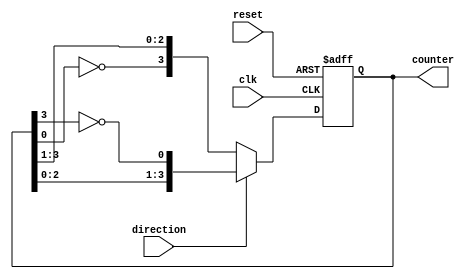
module bidirectional_johnson_counter (
    input wire clk,                    // Clock input
    input wire reset,                  // Asynchronous reset input
    input wire direction,              // Direction control input (1 for up, 0 for down)
    output reg [3:0] counter           // 4-bit counter output
);

    always @(posedge clk or posedge reset) begin
        if (reset) begin
            counter <= 4'b0000;         // Asynchronously reset counter to 0
        end else begin
            if (direction) begin
                // Counting Up (Johnson Counter)
                counter <= {counter[2:0], ~counter[3]}; // shift left & feedback ~Q3
            end else begin
                // Counting Down (Inverted Johnson Counter)
                counter <= {~counter[0], counter[3:1]}; // feedback ~Q0 to Q3
            end
        end
    end

endmodule